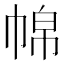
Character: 𱜪